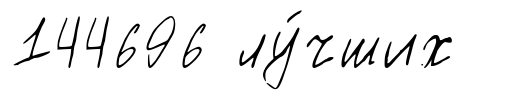
144696 лу́чших